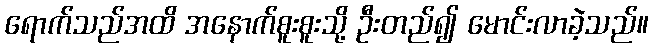
ရောက်သည်အထိ အနောက်စူးစူးသို့ ဦးတည်၍ မောင်းလာခဲ့သည်။